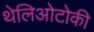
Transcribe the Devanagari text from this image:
थेलिओटोकी